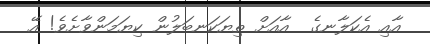
އާއި އެކަލާނގެ  އާއަށް ތިޔަކަނބަލުން ކިޔަމަންވާށެވެ! އޭ